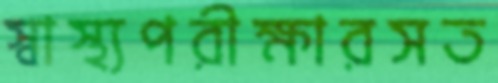
স্বাস্থ্যপরীক্ষারসত